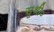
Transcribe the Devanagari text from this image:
सुश्री०